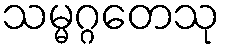
သမ္မဂ္ဂတေသု